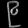
Digit: ၉